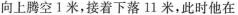
向上腾空1米，接着下落11米，此时他在